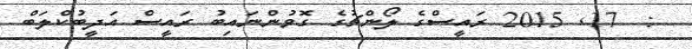
:  17